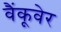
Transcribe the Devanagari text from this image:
वैंकूवेर